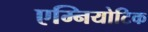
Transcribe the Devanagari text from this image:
एम्नियोटिक